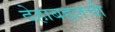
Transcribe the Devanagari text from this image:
देहाबद्दलची